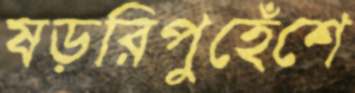
ষড়রিপুহেঁশে